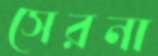
সেরনা